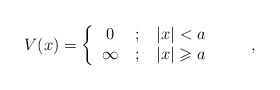
\begin{align*}V(x)=\left\{\begin{tabular}[c]{ccc}$0$ & $;$ & $\left\vert x\right\vert <a$\\$\infty$ & $;$ & $\left\vert x\right\vert \geqslant a$\end{tabular}\ \ \ \ \ \ \right. ,\end{align*}